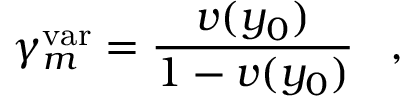
\gamma _ { m } ^ { \mathrm { v a r } } = { \frac { v ( y _ { 0 } ) } { 1 - v ( y _ { 0 } ) } } \; \; \; ,